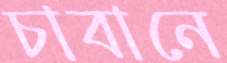
চাবানে